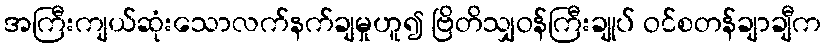
အကြီးကျယ်ဆုံးသောလက်နက်ချမှုဟူ၍ ဗြိတိသျှဝန်ကြီးချုပ် ဝင်စတန်ချာချီက